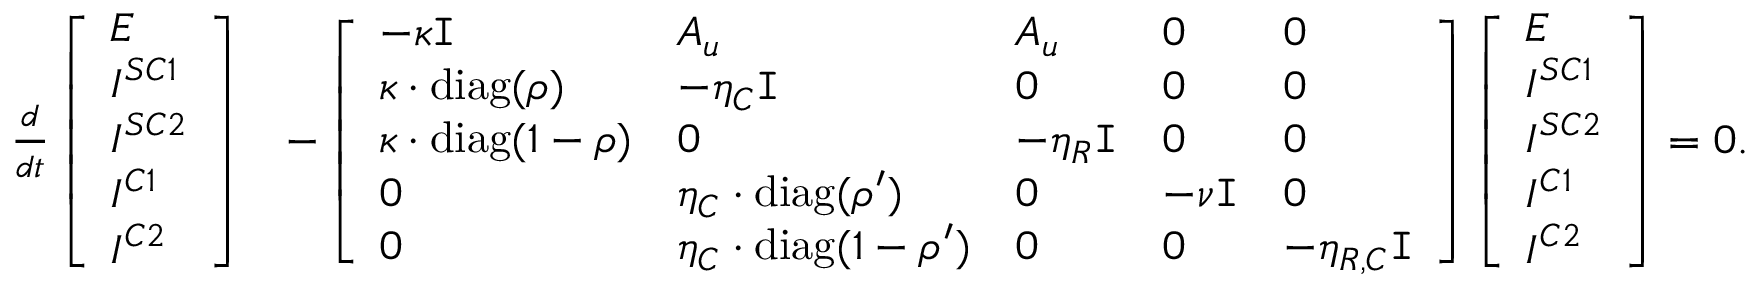
\begin{array} { r l } { \frac { d } { d t } \left[ \begin{array} { l } { E } \\ { I ^ { S C 1 } } \\ { I ^ { S C 2 } } \\ { I ^ { C 1 } } \\ { I ^ { C 2 } } \end{array} \right] } & { - \left[ \begin{array} { l l l l l } { - \kappa \mathtt { I } } & { A _ { u } } & { A _ { u } } & { 0 } & { 0 } \\ { \kappa \cdot \mathrm { d i a g } ( \rho ) } & { - \eta _ { C } \mathtt { I } } & { 0 } & { 0 } & { 0 } \\ { \kappa \cdot \mathrm { d i a g } ( 1 - \rho ) } & { 0 } & { - \eta _ { R } \mathtt { I } } & { 0 } & { 0 } \\ { 0 } & { \eta _ { C } \cdot \mathrm { d i a g } ( \rho ^ { \prime } ) } & { 0 } & { - \nu \mathtt { I } } & { 0 } \\ { 0 } & { \eta _ { C } \cdot \mathrm { d i a g } ( 1 - \rho ^ { \prime } ) } & { 0 } & { 0 } & { - \eta _ { R , C } \mathtt { I } } \end{array} \right] \left[ \begin{array} { l } { E } \\ { I ^ { S C 1 } } \\ { I ^ { S C 2 } } \\ { I ^ { C 1 } } \\ { I ^ { C 2 } } \end{array} \right] = 0 . } \end{array}